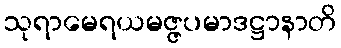
သုရာမေရယမဇ္ဇပမာဒဋ္ဌာနာတိ